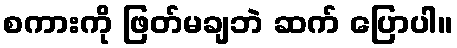
စကားကို ဖြတ်မချဘဲ ဆက် ပြောပါ။